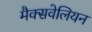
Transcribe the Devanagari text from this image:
मैक्सवेलियन